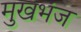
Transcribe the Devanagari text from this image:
मुखभंज